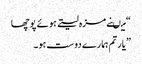
“ میںنے مزہ لیتے ہوئے پوچھا
” یار تم ہمارے دوست ہو۔